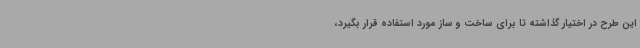
این طرح در اختیار گذاشته تا برای ساخت و ساز مورد استفاده قرار بگیرد،